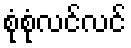
စုံစုံလင်လင်